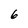
Character: 6